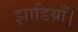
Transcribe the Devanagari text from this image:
झाडियाँ।